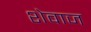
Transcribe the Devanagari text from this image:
शेवाज